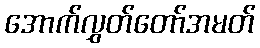
အောက်လွှတ်တော်အမတ်